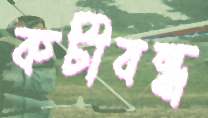
কটীবন্ধ